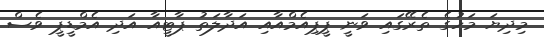
މިދިޔަ މަހުގެ ތެރޭގައި ވަނީ ޕީޕިއެމްއާއި އަދާލަތު ޕާޓީއާ އަދި އެމްޑީޕީ ވެސް